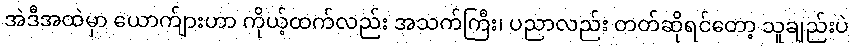
အဲဒီအထဲမှာ ယောက်ျားဟာ ကိုယ့်ထက်လည်း အသက်ကြီး၊ ပညာလည်း တတ်ဆိုရင်တော့ သူချည်းပဲ